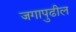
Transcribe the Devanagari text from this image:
जगापुढील